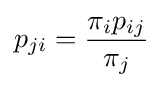
p_{ji}={\frac {\pi _{i}p_{ij}}{\pi _{j}}}